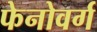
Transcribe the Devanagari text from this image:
फेनोवर्ग